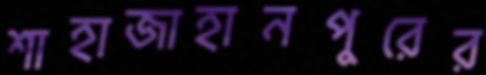
শাহাজাহানপুরের